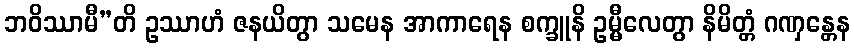
ဘဝိဿာမီ”တိ ဥဿာဟံ ဇနယိတွာ သမေန အာကာရေန စက္ခူနိ ဥမ္မီလေတွာ နိမိတ္တံ ဂဏှန္တေန